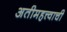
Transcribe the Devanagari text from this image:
अतीमहत्त्वाची